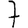
Digit: 7